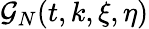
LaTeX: \mathcal{G}_{N}(t,k,\xi,\eta)